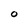
Character: o